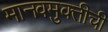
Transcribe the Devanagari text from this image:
मानवमुक्तीची